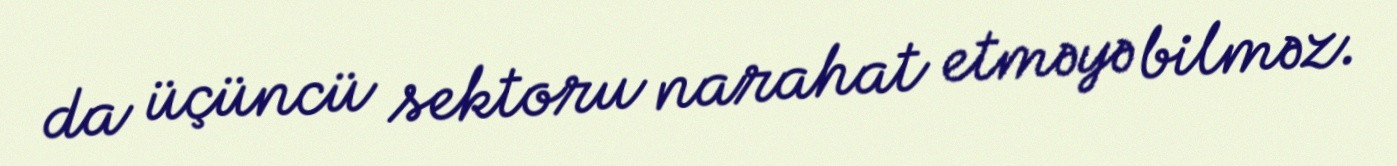
da üçüncü sektoru narahat etməyə bilməz.